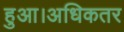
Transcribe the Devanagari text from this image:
हुआ।अधिकतर